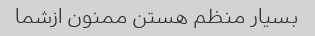
بسیار منظم هستن ممنون ازشما